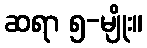
ဆရာ ၅-မျိုး။